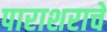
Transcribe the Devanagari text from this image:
पाराशराचे